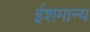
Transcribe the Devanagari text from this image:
ईशमान्य